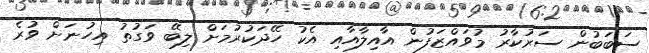
ސަބަބުން ސަރުކާރު މުވައްޒަފުން އާއިލާއާއި އެކު ހޭދަކުރުމަށް ލިބޭ ވަގުތު އިހުނަށް ވުރެ